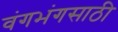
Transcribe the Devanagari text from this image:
वंगभंगसाठी